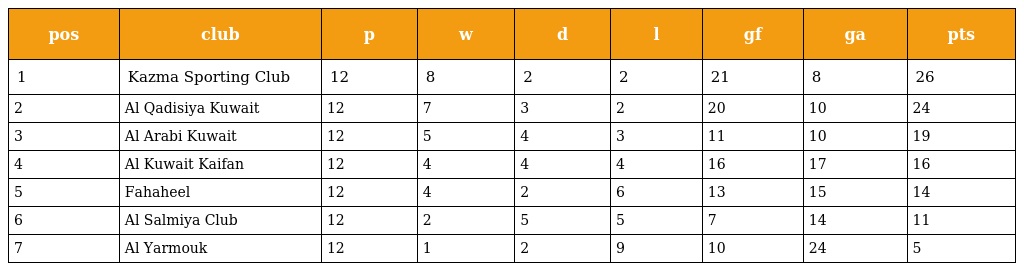
| pos | club | p | w | d | l | gf | ga | pts |
 | --- | --- | --- | --- | --- | --- | --- | --- | --- |
 | 1 | Kazma Sporting Club | 12 | 8 | 2 | 2 | 21 | 8 | 26 |
 | 2 | Al Qadisiya Kuwait | 12 | 7 | 3 | 2 | 20 | 10 | 24 |
 | 3 | Al Arabi Kuwait | 12 | 5 | 4 | 3 | 11 | 10 | 19 |
 | 4 | Al Kuwait Kaifan | 12 | 4 | 4 | 4 | 16 | 17 | 16 |
 | 5 | Fahaheel | 12 | 4 | 2 | 6 | 13 | 15 | 14 |
 | 6 | Al Salmiya Club | 12 | 2 | 5 | 5 | 7 | 14 | 11 |
 | 7 | Al Yarmouk | 12 | 1 | 2 | 9 | 10 | 24 | 5 |